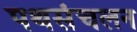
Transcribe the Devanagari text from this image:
पथसंचलन